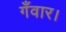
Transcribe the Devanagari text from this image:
गँवार।